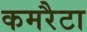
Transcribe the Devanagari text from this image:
कमरैटा